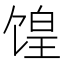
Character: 𫗮